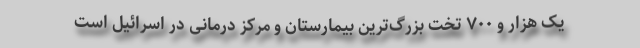
یک هزار و ۷۰۰ تخت بزرگ‌ترین بیمارستان و مرکز درمانی در اسرائیل است